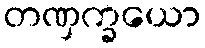
တဏှက္ခယော